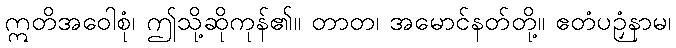
ဣတိအဝေါစုံ၊ ဤသို့ဆိုကုန်၏။ တာတ၊ အမောင်နတ်တို့။ ဧတံပဉှံနာမ၊